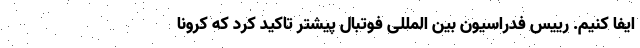
ایفا کنیم. رییس فدراسیون بین المللی فوتبال پیشتر تاکید کرد که کرونا